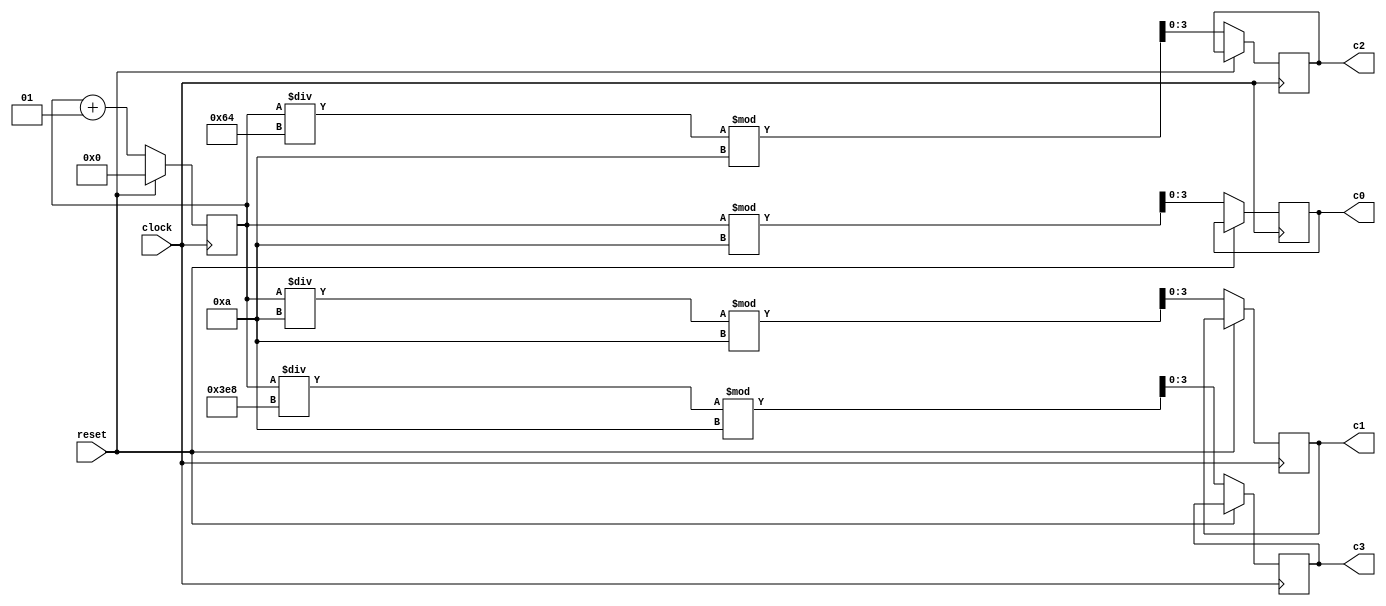
// clock counter

module count(clock,reset,c0,c1,c2,c3);
	input wire clock,reset;
	
	output reg [3:0] c0;
	output reg [3:0] c1;
	output reg [3:0] c2;
	output reg [3:0] c3;
	
	integer count = 0;
	integer tmp;
	
	always @(posedge clock) begin
		if (reset == 1'b1) begin 
			count <= 0;
		end else if (reset == 1'b0) begin
			count <= count + 1;
			c0 <= count % 10;
			c1 <= (count / 10) % 10;
			c2 <= (count / 100) % 10;
			c3 <= (count / 1000) % 10;
		end
		
	end

endmodule